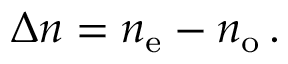
\Delta n = n _ { \mathrm { e } } - n _ { \mathrm { o } } \, .